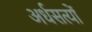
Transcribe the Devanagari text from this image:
अर्धसत्यों